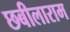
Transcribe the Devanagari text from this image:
छबीलाराम